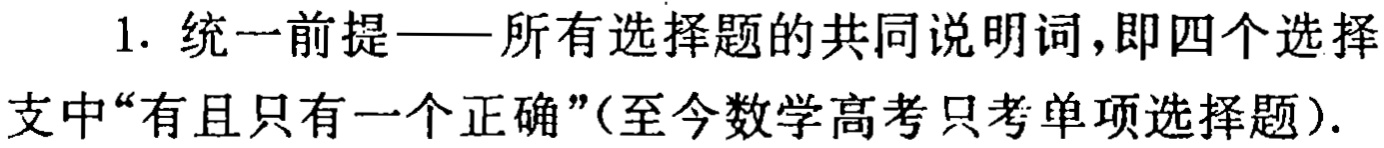
1. 统一前提——所有选择题的共同说明词，即四个选择支中“有且只有一个正确”(至今数学高考只考单项选择题).